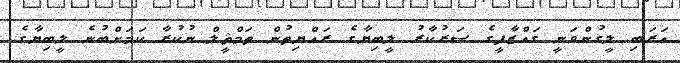
ޢަރަބި ލީގުންވަނީ ގައްޒާފީގެ ސަރުކާރު ލީބިޔާގެ ރައްޔިތުން ތަމްޘީލް ނުކުރާ ކަމަށްބުނެ ލީބިޔާގެ